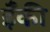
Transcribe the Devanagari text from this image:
ईँकी